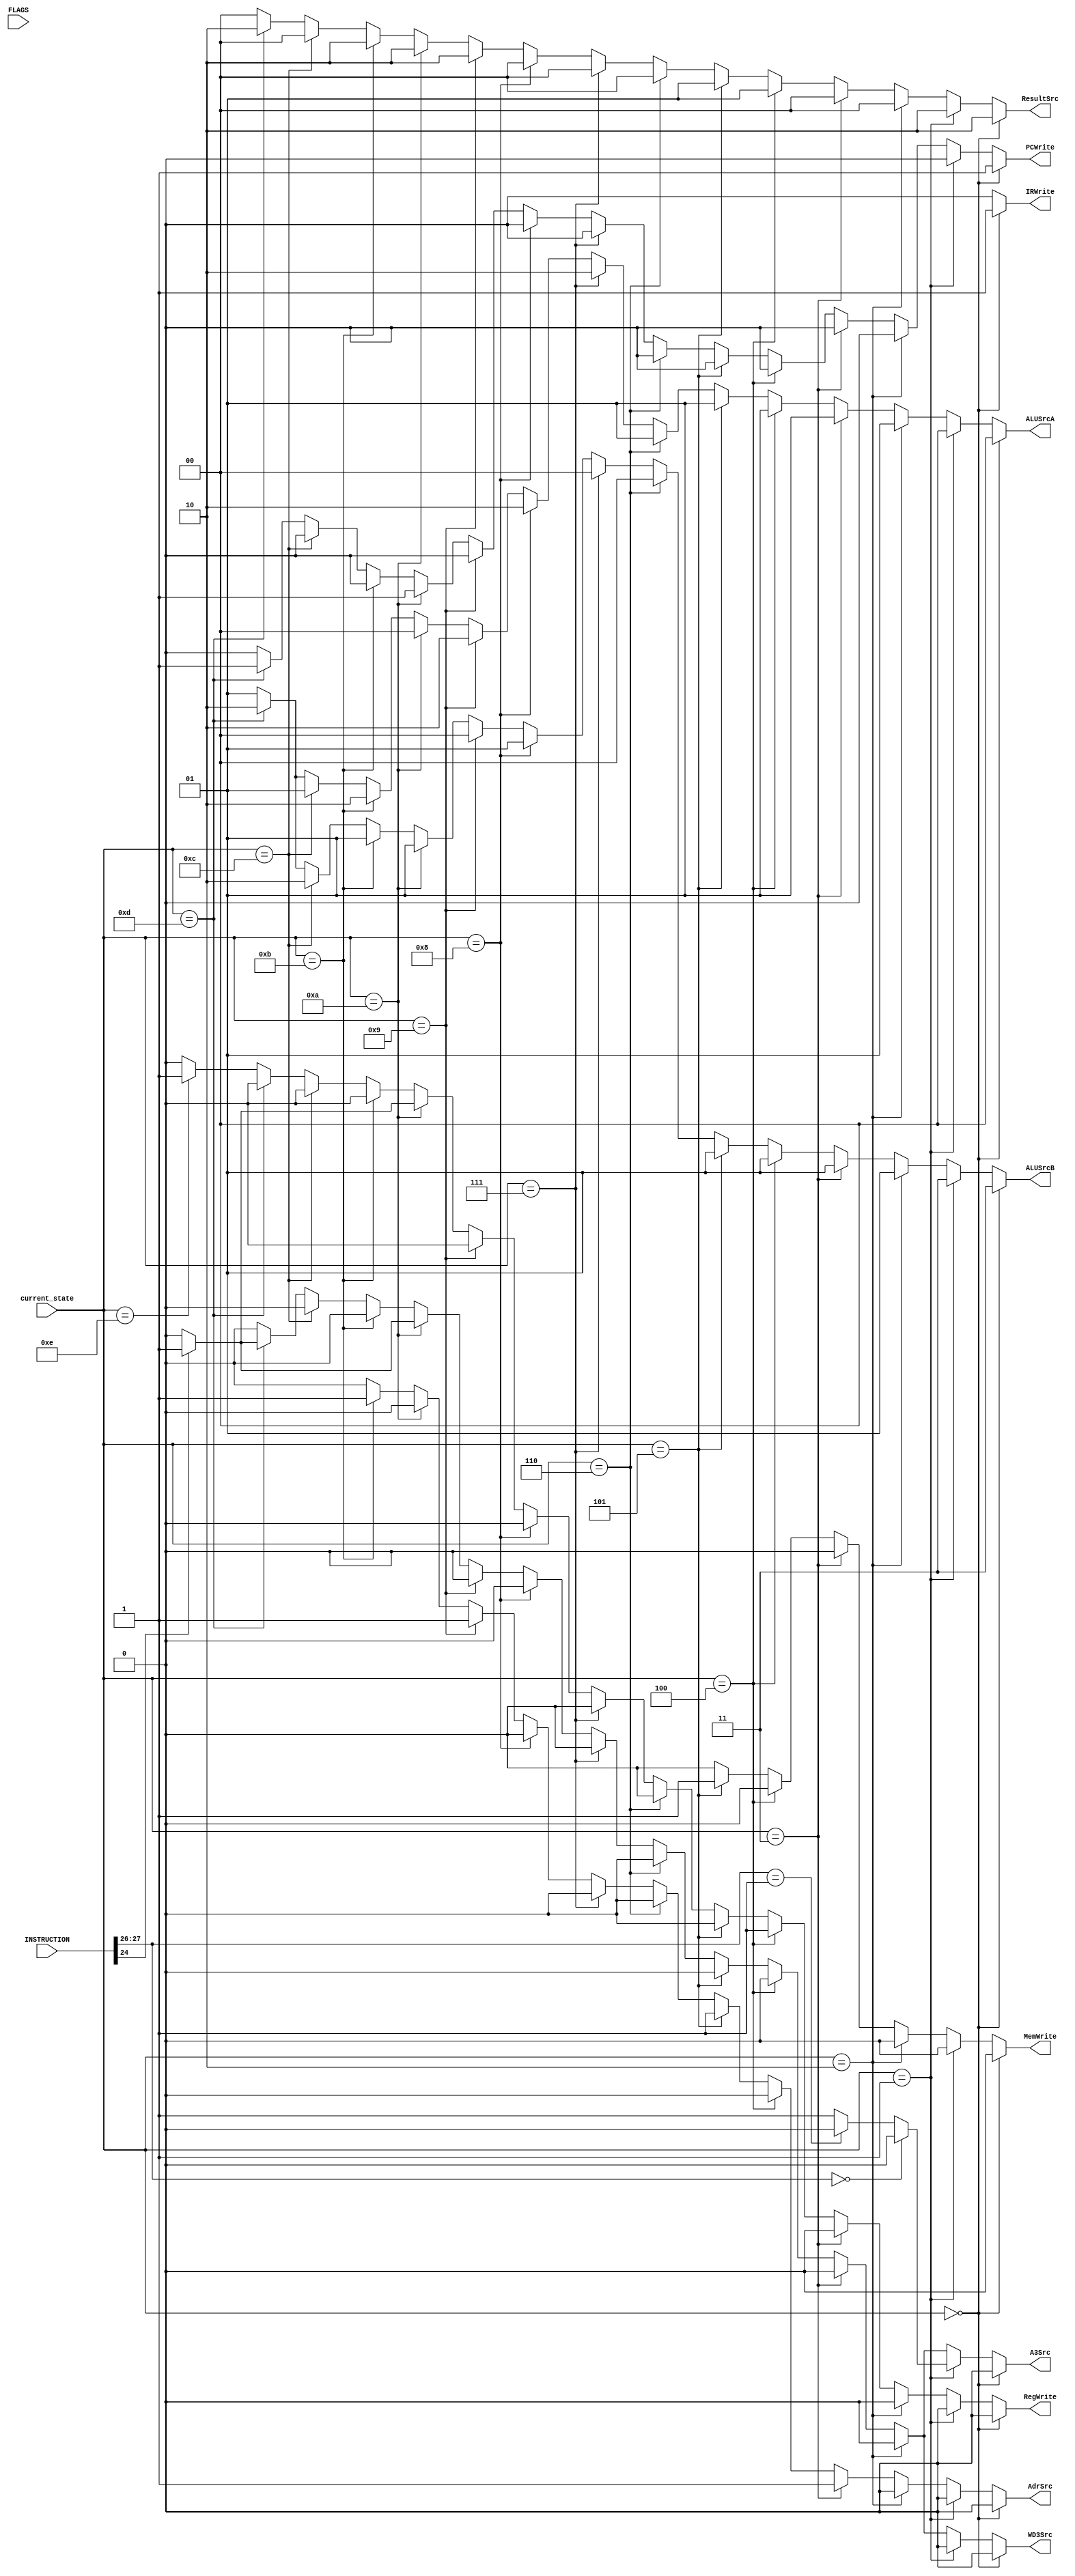
module multicycle_computer_controller_state_dependent_control (
	WD3Src,
	A3Src,
	IRWrite,
	PCWrite,
	AdrSrc,
	MemWrite,
	RegWrite,
	ALUSrcA,
	ALUSrcB,
	ResultSrc,
	FLAGS,
	INSTRUCTION, 
	current_state
); 

	output reg	WD3Src;
	output reg	A3Src;
	output reg	IRWrite;
	output reg	PCWrite;
	output reg	AdrSrc;
	output reg	MemWrite;
	output reg	RegWrite;
	output reg	[1:0] ALUSrcA;
	output reg	[1:0] ALUSrcB;
	output reg	[1:0] ResultSrc;
	input wire	[3:0] FLAGS;
	input wire	[31:0] INSTRUCTION;
	input wire [3:0]current_state; 
	
	parameter s0 = 4'b0000, s1 = 4'b0001, s2 = 4'b0010, s3 = 4'b0011; 
	parameter s4 = 4'b0100, s5 = 4'b0101, s6 = 4'b0110, s7 = 4'b0111;
	parameter s8 = 4'b1000, s9 = 4'b1001, s10 = 4'b1010, s11 = 4'b1011;
	parameter s12 = 4'b1100, s13 = 4'b1101, s14 = 4'b1110, s15 = 4'b1111;
	
	wire [1:0]op; 
	wire [3:0]cond; 
	wire [3:0]cmd; 
	wire Ind_data; 
	wire Im; 
	wire Ind_branch; 
	wire Link_branch; 
	wire Load_memory; 
	
	// we can use INSTRUCTION bus itself for conditional operations. Yet, this way coding will be more readable. 
	assign cond = INSTRUCTION[31:28];  
	assign op = INSTRUCTION[27:26]; 
	assign cmd = INSTRUCTION[24:21]; 
	assign Im = INSTRUCTION[25];
	assign Ind_data = INSTRUCTION[19]; 
	assign Link_branch = INSTRUCTION[24];
	assign Ind_branch = INSTRUCTION[25];
	assign Load_memory = INSTRUCTION[20]; 
	
	always @(current_state) begin // update the control signals when the state changes 
		if (current_state == s0) begin // Fetch 
			WD3Src<=0; A3Src<=0; IRWrite<=1; PCWrite<=1; AdrSrc<=0;
			MemWrite<=0; RegWrite<=0;
			ALUSrcA[1:0]<=2'b00; ALUSrcB[1:0]<=2'b11;
			ResultSrc[1:0] <= 2'b10;
		end 
		else if (current_state == s1) begin // Decode
			if (op == 2'b00) begin 
				WD3Src<=0; A3Src<=0; IRWrite<=0; PCWrite<=0; AdrSrc<=0;
				MemWrite<=0; RegWrite<=0;
				ALUSrcA[1:0]<=2'b00; ALUSrcB[1:0]<=2'b11;
				ResultSrc[1:0] <= 2'b10;
			end 
			else if (op == 2'b01) begin 
				WD3Src<=0; A3Src<=0; IRWrite<=0; PCWrite<=0; AdrSrc<=0;
				MemWrite<=0; RegWrite<=0;
				ALUSrcA[1:0]<=2'b00; ALUSrcB[1:0]<=2'b11;
				ResultSrc[1:0] <= 2'b10;
			end 
			else if (op == 2'b10) begin 
				WD3Src<=0; A3Src<=1; IRWrite<=0; PCWrite<=0; AdrSrc<=0;
				MemWrite<=0; RegWrite<=0;
				ALUSrcA[1:0]<=2'b00; ALUSrcB[1:0]<=2'b11;
				ResultSrc[1:0] <= 2'b10;	
			end 
			else begin // Invalid instruction. Set writes to 0. State machine will go to fetch. 
				WD3Src<=0; A3Src<=1; IRWrite<=0; PCWrite<=0; AdrSrc<=0;
				MemWrite<=0; RegWrite<=0;
				ALUSrcA[1:0]<=2'b00; ALUSrcB[1:0]<=2'b11;
				ResultSrc[1:0] <= 2'b10;
			end 
		end 
		else if (current_state == s2) begin // MemAdr 
			WD3Src<=0; A3Src<=0; IRWrite<=0; PCWrite<=0; AdrSrc<=0;
			MemWrite<=0; RegWrite<=0;
			ALUSrcA[1:0]<=2'b01; ALUSrcB[1:0]<=2'b01;
			ResultSrc[1:0] <= 2'b00;
		end
		else if (current_state == s3) begin // MemRead 
			WD3Src<=0; A3Src<=0; IRWrite<=0; PCWrite<=0; AdrSrc<=1;
			MemWrite<=0; RegWrite<=0;
			ALUSrcA[1:0]<=2'b01; ALUSrcB[1:0]<=2'b01;
			ResultSrc[1:0] <= 2'b00;
		end
		
		else if (current_state == s4) begin // MemWriteBack
			WD3Src<=0; A3Src<=0; IRWrite<=0; PCWrite<=0; AdrSrc<=0;
			MemWrite<=0; RegWrite<=1;
			ALUSrcA[1:0]<=2'b01; ALUSrcB[1:0]<=2'b01;
			ResultSrc[1:0] <= 2'b01;
		end
		else if (current_state == s5) begin // MemWrite 
			WD3Src<=0; A3Src<=0; IRWrite<=0; PCWrite<=0; AdrSrc<=1;
			MemWrite<=1; RegWrite<=0;
			ALUSrcA[1:0]<=2'b01; ALUSrcB[1:0]<=2'b01;
			ResultSrc[1:0] <= 2'b01;
		end
		else if (current_state == s6) begin // ExecuteArithmeticLogic 
			WD3Src<=0; A3Src<=0; IRWrite<=0; PCWrite<=0; AdrSrc<=0;
			MemWrite<=0; RegWrite<=0;
			ALUSrcA[1:0]<=2'b01; ALUSrcB[1:0]<=2'b00;
			ResultSrc[1:0] <= 2'b00;
		end
		else if (current_state == s7) begin // ExecuteShift 
			WD3Src<=0; A3Src<=0; IRWrite<=0; PCWrite<=0; AdrSrc<=0;
			MemWrite<=0; RegWrite<=0;
			ALUSrcA[1:0]<=2'b10; ALUSrcB[1:0]<=2'b00;
			ResultSrc[1:0] <= 2'b00;
		end
		
		else if (current_state == s8) begin // ExecuteImmediate
			WD3Src<=0; A3Src<=0; IRWrite<=0; PCWrite<=0; AdrSrc<=0;
			MemWrite<=0; RegWrite<=0;
			ALUSrcA[1:0]<=2'b10; ALUSrcB[1:0]<=2'b01;
			ResultSrc[1:0] <= 2'b00;
		end
		else if (current_state == s9) begin // ExecuteIndMemAdr
			WD3Src<=0; A3Src<=0; IRWrite<=0; PCWrite<=0; AdrSrc<=1;
			MemWrite<=0; RegWrite<=0;
			ALUSrcA[1:0]<=2'b10; ALUSrcB[1:0]<=2'b00;
			ResultSrc[1:0] <= 2'b10;
		end
		else if (current_state == s10) begin // Branch 
			if (Link_branch == 1) begin // if branch with link, write pc value to LR 
				WD3Src<=1; A3Src<=1; IRWrite<=0; PCWrite<=1; AdrSrc<=0;
				MemWrite<=0; RegWrite<=1;
				ALUSrcA[1:0]<=2'b00; ALUSrcB[1:0]<=2'b01;
				ResultSrc[1:0] <= 2'b10;
			end 
			else begin 
				WD3Src<=0; A3Src<=0; IRWrite<=0; PCWrite<=1; AdrSrc<=0;
				MemWrite<=0; RegWrite<=0;
				ALUSrcA[1:0]<=2'b00; ALUSrcB[1:0]<=2'b01;
				ResultSrc[1:0] <= 2'b10;
			end 
		end
		else if (current_state == s11) begin // BranchIndMem 
			WD3Src<=0; A3Src<=0; IRWrite<=0; PCWrite<=0; AdrSrc<=1;
			MemWrite<=0; RegWrite<=0;
			ALUSrcA[1:0]<=2'b10; ALUSrcB[1:0]<=2'b01;
			ResultSrc[1:0] <= 2'b10;
		end
		
		else if (current_state == s12) begin // ExecuteRInd
			WD3Src<=0; A3Src<=0; IRWrite<=0; PCWrite<=0; AdrSrc<=0;
			MemWrite<=0; RegWrite<=0;
			ALUSrcA[1:0]<=2'b01; ALUSrcB[1:0]<=2'b10;
			ResultSrc[1:0] <= 2'b00;
		end
		else if (current_state == s13) begin // BranchInd
			if (Link_branch==0) begin 
				WD3Src<=0; A3Src<=0; IRWrite<=0; PCWrite<=1; AdrSrc<=0;
				MemWrite<=0; RegWrite<=0;
				ALUSrcA[1:0]<=2'b10; ALUSrcB[1:0]<=2'b10;
				ResultSrc[1:0] <= 2'b10;
			end 
			else begin 
				WD3Src<=1; A3Src<=1; IRWrite<=0; PCWrite<=1; AdrSrc<=0;
				MemWrite<=0; RegWrite<=0;
				ALUSrcA[1:0]<=2'b10; ALUSrcB[1:0]<=2'b10;
				ResultSrc[1:0] <= 2'b10;
			end 
		end
		else if (current_state == s14) begin // ALUWriteBack
			WD3Src<=0; A3Src<=0; IRWrite<=0; PCWrite<=0; AdrSrc<=0;
			MemWrite<=0; RegWrite<=1;
			ALUSrcA[1:0]<=2'b01; ALUSrcB[1:0]<=2'b01;
			ResultSrc[1:0] <= 2'b00;
		end
		else if (current_state == s15) begin // Should never come to this. State machine will go fetch. 
			WD3Src<=0; A3Src<=0; IRWrite<=0; PCWrite<=0; AdrSrc<=0;
			MemWrite<=0; RegWrite<=0;
			ALUSrcA[1:0]<=2'b01; ALUSrcB[1:0]<=2'b01;
			ResultSrc[1:0] <= 2'b00;
		end
		else begin // redundant. set writes to 0 
			WD3Src<=0; A3Src<=0; IRWrite<=0; PCWrite<=0; AdrSrc<=0;
			MemWrite<=0; RegWrite<=0;
			ALUSrcA[1:0]<=2'b01; ALUSrcB[1:0]<=2'b01;
			ResultSrc[1:0] <= 2'b00;
		end 
	end 	
	
	
	
endmodule